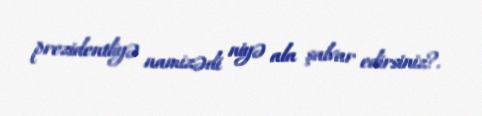
prezidentliyə namizədi niyə ala şalvar edirsiniz?.